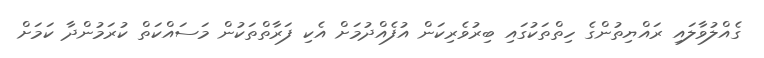
ގެއްލުވާލައި ރައްޔިތުންގެ ހިތްތަކުގައި ބިރުވެރިކަން އުފެއްދުމަށް އެކި ފަރާތްތަކުން މަސައްކަތް ކުރަމުންދާ ކަމަށް